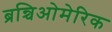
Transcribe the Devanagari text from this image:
ब्रन्चिओमेरिक